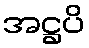
အဋ္ဌပိ